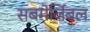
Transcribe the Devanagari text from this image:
सबमेर्जिबल